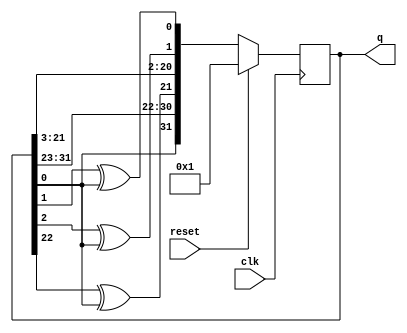
module top_module(
    input clk,
    input reset,    // Active-high synchronous reset to 32'h1
    output [31:0] q
); 
    always @(posedge clk) begin
        if(reset)	q<=32'h1;
        else begin
            q <= {0^q[0], q[31:23],q[22]^q[0], q[21:3], q[2]^q[0],q[1]^q[0]};
        end
    end

endmodule